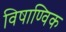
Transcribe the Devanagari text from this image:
विषाण्विक